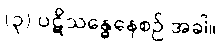
(၃) ပဋိသန္ဓေနေစဉ် အခါ။